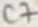
Text: C7